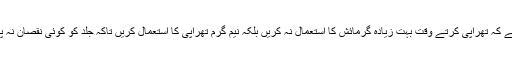
یاد رہے کہ تھراپی کرتے وقت بہت زیادہ گرمائش کا استعمال نہ کریں بلکہ نیم گرم تھراپی کا استعمال کریں تاکہ جلد کو کوئی نقصان نہ پہنچے۔